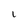
Character: l